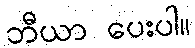
ဘီယာ ပေးပါ။